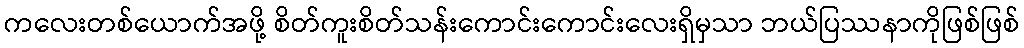
ကလေးတစ်ယောက်အဖို့ စိတ်ကူးစိတ်သန်းကောင်းကောင်းလေးရှိမှသာ ဘယ်ပြဿနာကိုဖြစ်ဖြစ်